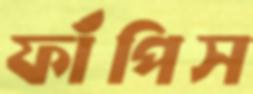
ফাঁপিস